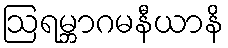
ဩရမ္ဘာဂမနီယာနိ